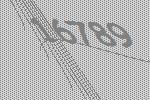
16789